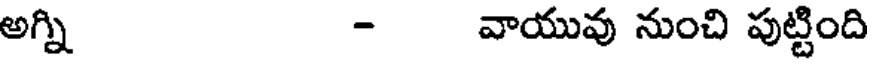
అగ్ని - వాయువు నుంచి పుట్టింది